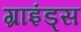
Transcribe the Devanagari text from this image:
ग्राइंड्स